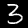
Label: 3